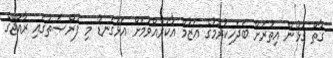
ގާތް ގުޅުން އިތުރަށް ބަދަހިކުރުމުގެ ޢަޒުމް އާކުރެއްވުމަށް އަޅުގަނޑު މި ފުރްޞަތުގައި ރާއްޖޭގެ